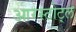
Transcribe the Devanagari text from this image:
आरस्टोट्ल